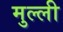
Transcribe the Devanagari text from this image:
मुल्ली